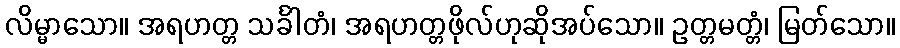
လိမ္မာသော။ အရဟတ္တ သင်္ခါတံ၊ အရဟတ္တဖိုလ်ဟုဆိုအပ်သော။ ဥတ္တမတ္တံ၊ မြတ်သော။